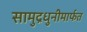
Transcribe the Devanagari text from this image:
सामुद्रधुनीमार्फत